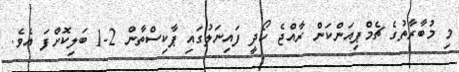
މި މުބާރާތުގެ ޗެމްޕިއަންކަން ރާއްޖެ ހޯދީ ފައިނަލުގައި ޕާކިސްތާން 2-1 ބަލިކޮށްފަ އެވެ.